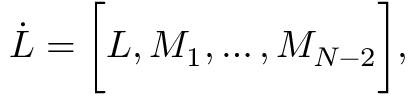
\dot { L } = \biggl \lbrack L , M _ { 1 } , \dots , M _ { N - 2 } \biggl \rbrack ,